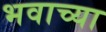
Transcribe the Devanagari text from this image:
भवाच्या